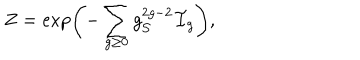
LaTeX: Z = \exp \left( - \sum _ { g \geq 0 } g _ { \cal S } ^ { 2 g - 2 } { \cal F } _ { g } \right) ,